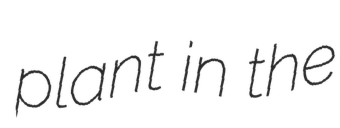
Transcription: plant in the